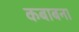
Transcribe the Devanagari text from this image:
कबाबना